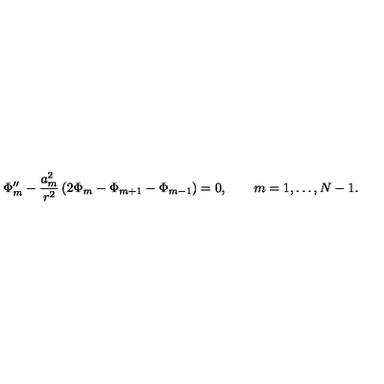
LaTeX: \Phi _ { m } ^ { \prime \prime } - \frac { a _ { m } ^ { 2 } } { r ^ { 2 } } \left( 2 \Phi _ { m } - \Phi _ { m + 1 } - \Phi _ { m - 1 } \right) = 0 , \qquad m = 1 , \ldots , N - 1 .